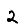
Digit: 2